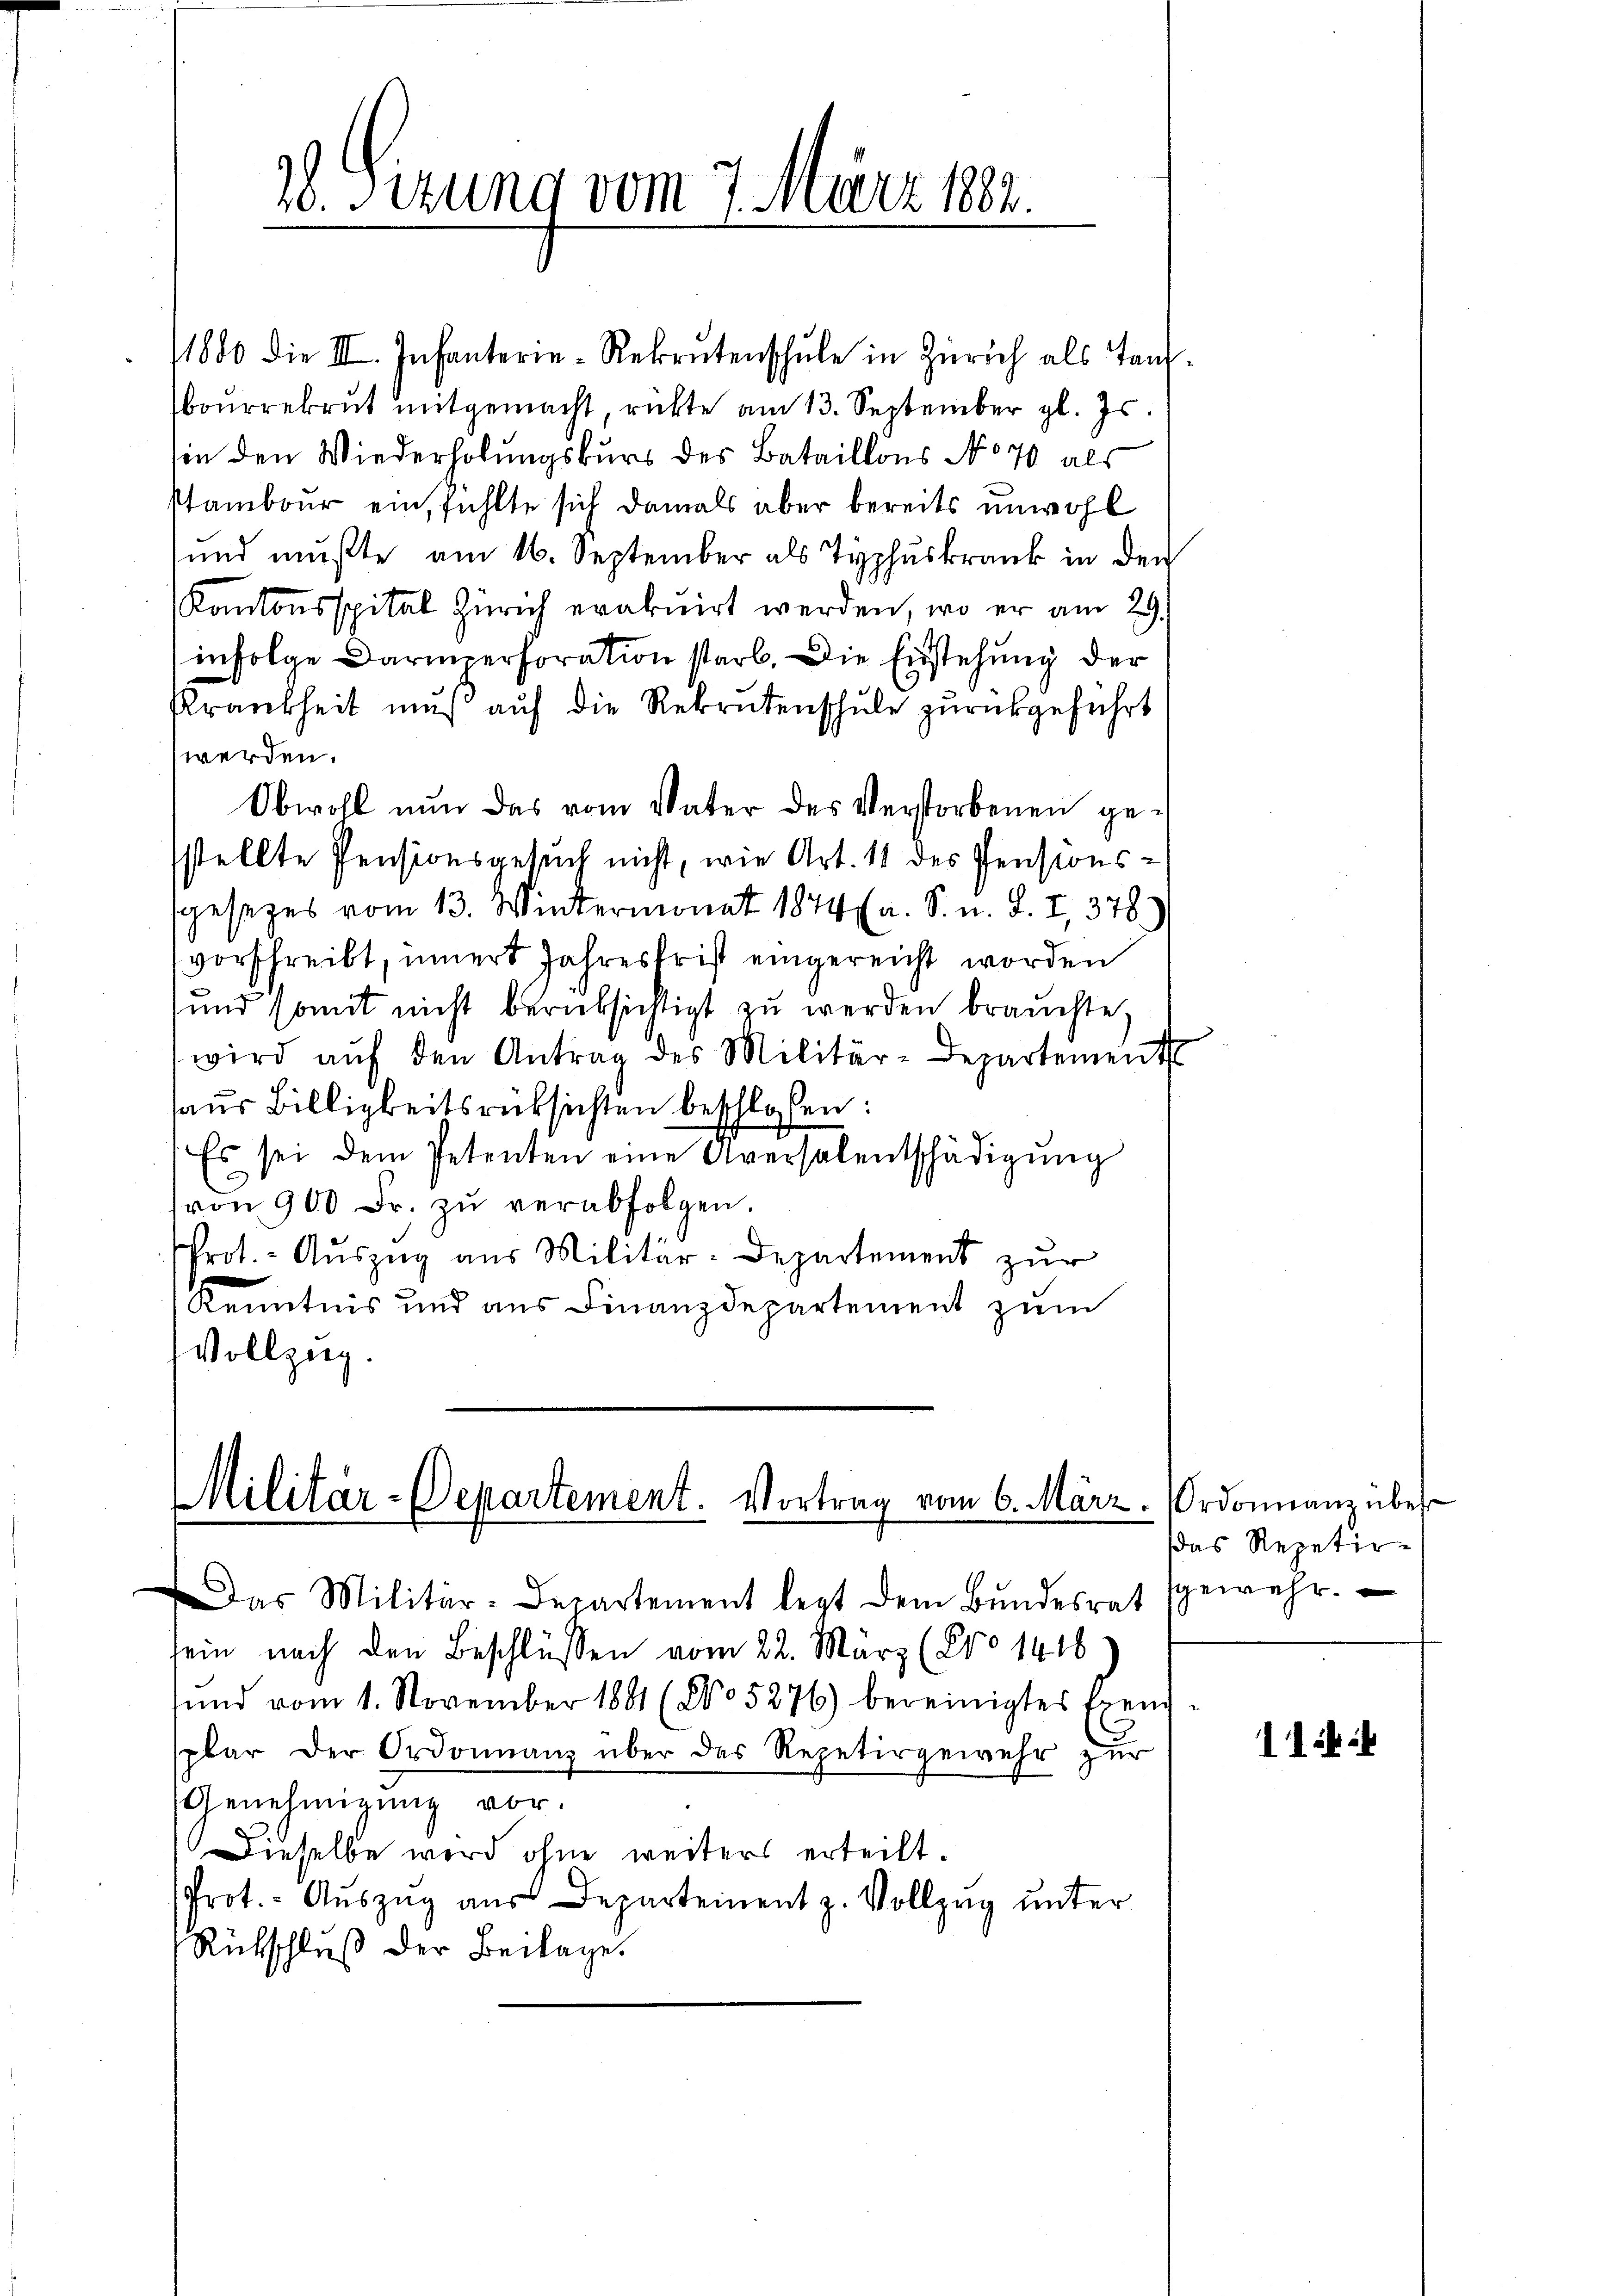
18. Sizung vom 7. März 1882.

1880 die III. Infanterie-Rekrutenschule in Zürich als Taufoŭrrekrut mitgemacht, rückte am 13. September gl. Js.
sin den Wiederholungskurs des Bataillons No 70 als
stambour ein, fühlte sich damals aber bereits unwohl
und mußte am 16. September als Typhuskrank in den
Kantonsspital Zürich erakuirt werden, wo er am 29.
infolge Darmerforation starb. Die Einstehung der
Krankheit muß auf die Rekrutenschule zurückgeführt
werden.
Obwohl nun das vom Vater des Verstorbenen gesstellte Pensionsgesuch nicht, wie Art. 11 des Pensionssgesezes vom 13. Wintermonat 1874 a. S. u. S. I, 378
vorschreibt, innert Jahresfrist eingereicht worden
und somit nicht berüksichtigt zu werden brauchte,
wird aŭf den Antrag des Militär-Departement
aus Billigkeitsrücksichten beschlossen:
Es sei dem Petenten eine Aversalentschädigŭng
von 900 Fr. zŭ verabfolgen.
Prot. - Auszug aus Militär-Departement zur
Kenntnis und aus Finanzdepartement zum
Vollzug.

Militar-Departement. Vortrag vom 6. März (Ordonnanz über

Das Militär-Departement legt dem Bŭndesrat gewehr.
sein nach den Beschlüssen vom 22. März (No 1416
und vom 1. November 189 (No 5276) bereinigtes frei
spar der Ordonnanz über das Repetirgewehr zur
Genehmigung vor.
Dieselbe wird ohne weiters erteilt.
Prot. - Aŭszŭg aŭs Departement z. Vollzog unter
Rückschluß der Beilage.

das Repetir-

11